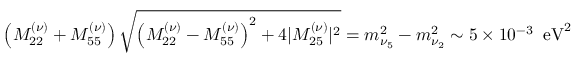
\left( M _ { 2 2 } ^ { ( \nu ) } + M _ { 5 5 } ^ { ( \nu ) } \right) \sqrt { \left( M _ { 2 2 } ^ { ( \nu ) } - M _ { 5 5 } ^ { ( \nu ) } \right) ^ { 2 } + 4 | M _ { 2 5 } ^ { ( \nu ) } | ^ { 2 } } = m _ { \nu _ { 5 } } ^ { 2 } - m _ { \nu _ { 2 } } ^ { 2 } \sim 5 \times 1 0 ^ { - 3 } \; \; \mathrm { e V } ^ { 2 }